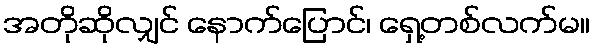
အတိုဆိုလျှင် နောက်ပြောင်၊ ရှေ့တစ်လက်မ။